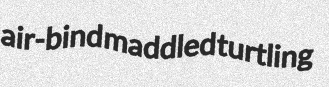
air-bind maddled turtling